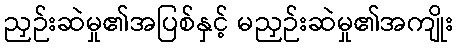
ညှဉ်းဆဲမှု၏အပြစ်နှင့် မညှဉ်းဆဲမှု၏အကျိုး